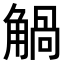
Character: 𧤐